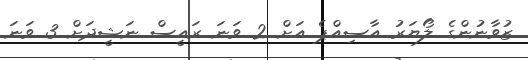
ޒުވާނުންގެ ލޯޔަރު އާސިއްޕެ އަށް 2 ވަނަ ރައީސް ނަޝީދަށް 3 ވަނަ